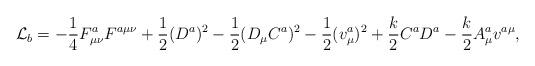
LaTeX: \begin{align*}{\cal L}_b=-\frac{1}{4}F_{\mu\nu}^{a}F^{a\mu\nu}+\frac{1}{2}(D^{a})^2-\frac{1}{2}(D_{\mu}C^a)^2-\frac{1}{2}(v^a_{\mu})^2+\frac{k}{2}C^a D^a-\frac{k}{2}A_{\mu}^a v^{a\mu},\end{align*}